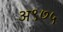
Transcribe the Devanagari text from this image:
अ९७५